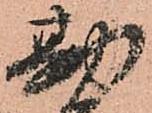
勘